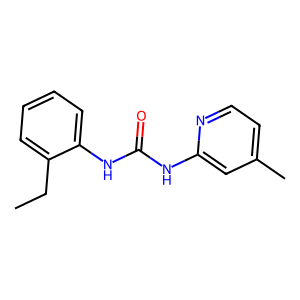
SMILES: CCc1ccccc1NC(=O)Nc1cc(C)ccn1
Inhibits HIV replication: No